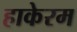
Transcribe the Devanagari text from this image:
हाकेरम